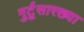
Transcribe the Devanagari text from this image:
गुर्टूसारख्या